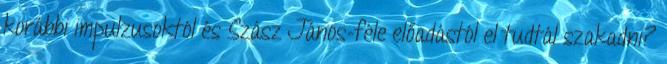
korábbi impulzusoktól és Szász János-féle előadástól el tudtál szakadni?